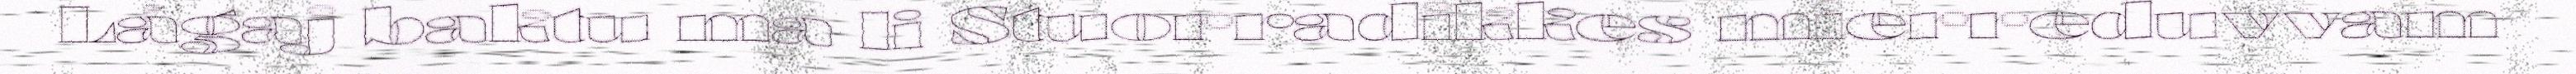
Lágaj baktu ma li Stuorradikkes mierreduvvam